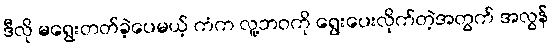
ဒီလို မရွေးတတ်ခဲ့ပေမယ့် ကံက လူ့ဘဝကို ရွေးပေးလိုက်တဲ့အတွက် အလွန်